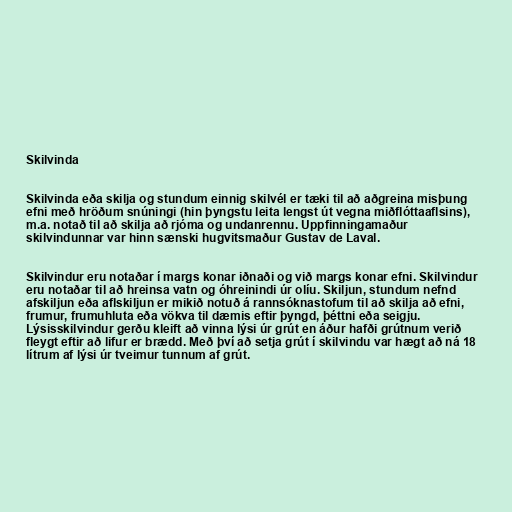
Skilvinda

Skilvinda eða skilja og stundum einnig skilvél er tæki til að aðgreina misþung
efni með hröðum snúningi (hin þyngstu leita lengst út vegna miðflóttaaflsins),
m.a. notað til að skilja að rjóma og undanrennu. Uppfinningamaður
skilvindunnar var hinn sænski hugvitsmaður Gustav de Laval.

Skilvindur eru notaðar í margs konar iðnaði og við margs konar efni. Skilvindur
eru notaðar til að hreinsa vatn og óhreinindi úr olíu. Skiljun, stundum nefnd
afskiljun eða aflskiljun er mikið notuð á rannsóknastofum til að skilja að efni,
frumur, frumuhluta eða vökva til dæmis eftir þyngd, þéttni eða seigju.
Lýsisskilvindur gerðu kleift að vinna lýsi úr grút en áður hafði grútnum verið
fleygt eftir að lifur er brædd. Með því að setja grút í skilvindu var hægt að ná 18
lítrum af lýsi úr tveimur tunnum af grút.